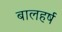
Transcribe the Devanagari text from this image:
बालहर्ष